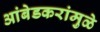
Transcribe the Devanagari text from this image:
आंबेडकरांमुळे